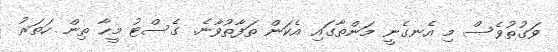
ވަގުތުވެސް މި އެނގެނީ މަންތާގައި އެކަން ތަފާތުވާނެ. ގެސްޓު މީހާ ތިން ހަތަރު